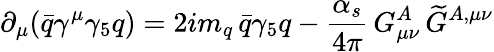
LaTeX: \partial_{\mu}(\bar{q}\gamma^{\mu}\gamma_{5}q)=2im_{q}\, \bar{q}\gamma_{5}q-\frac{\alpha_{s}}{4\pi}\, G_{\mu\nu}^{A}\, \widetilde{G}^{A,\mu\nu}